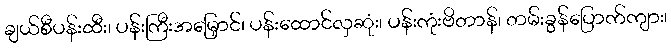
ချယ်စီပန်းထီး၊ ပန်းကြီးအမြှောင်၊ ပန်းထောင်လှဆုံး၊ ပန်းကုံးဗိတာန်၊ တမ်းခွန်ပြောက်ကျား၊